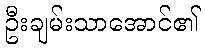
ဦးချမ်းသာအောင်၏